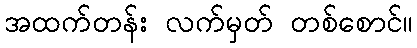
အထက်တန်း လက်မှတ် တစ်စောင်။